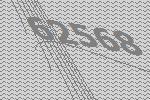
62568